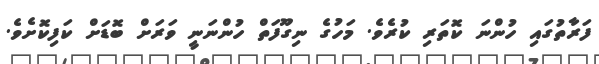
ފަރާތުގައި ހުންނަ ކޮތަރި ކުރެވެ. މަހުގެ ނިގޫފަތް ހުންނަނީ ވަރަށް ބޮޑަށް ކަފިކޮށެވެ.